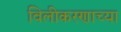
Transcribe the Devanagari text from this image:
विलीकरणाच्या